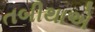
તબીથાએ